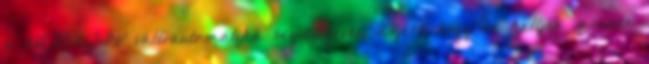
a HEXACTIV váltóautomatika segítségével. Azért, hogy ne kelljen minden